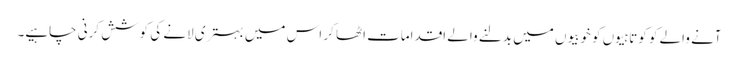
آنے والے کو کوتاہیوں کو خوبیوں میں بدلنے والے اقدامات اٹھا کر اس میں بہتری لانے کی کوشش کرنی چاہیے۔